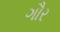
ગૌર